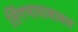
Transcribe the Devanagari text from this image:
लिंगभावाबाबत